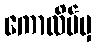
ကောလိပ်မှ